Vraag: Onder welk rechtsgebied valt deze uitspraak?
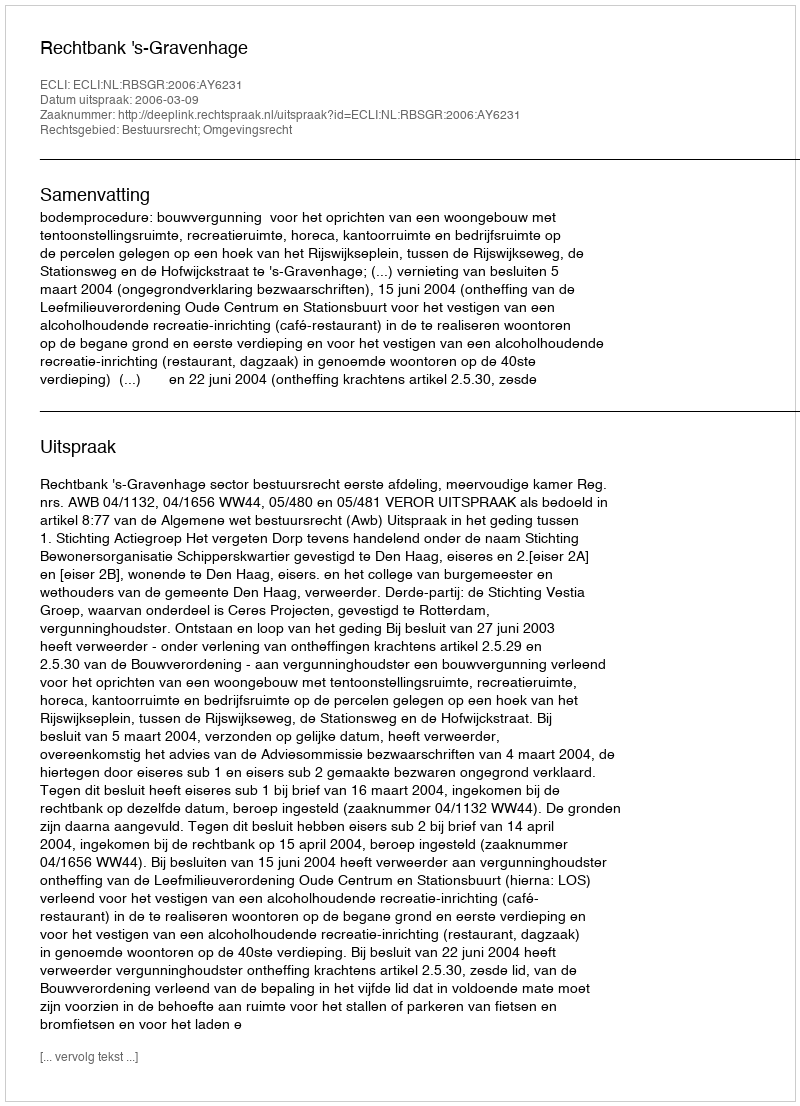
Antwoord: Bestuursrecht; Omgevingsrecht